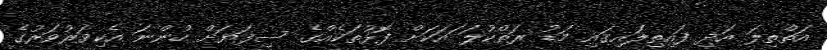
އަތްތިލަ އަދި ފައިތިލައިގައި މަޑު ރަތްކުލަ ައަކަށް ފޮޅުތަކެއްގެ ސިފަޔަށް ހުންނަ އެކިވަރުވަރުގެ